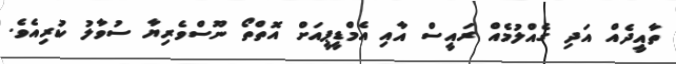
ތާއީދެއް އަދި ގެއްލުމެއް ރައީސް އާއި އެމްޑީޕީއަށް އޮތްތޯ ނޫސްވެރިޔާ ސުވާލު ކުރިއެވެ.